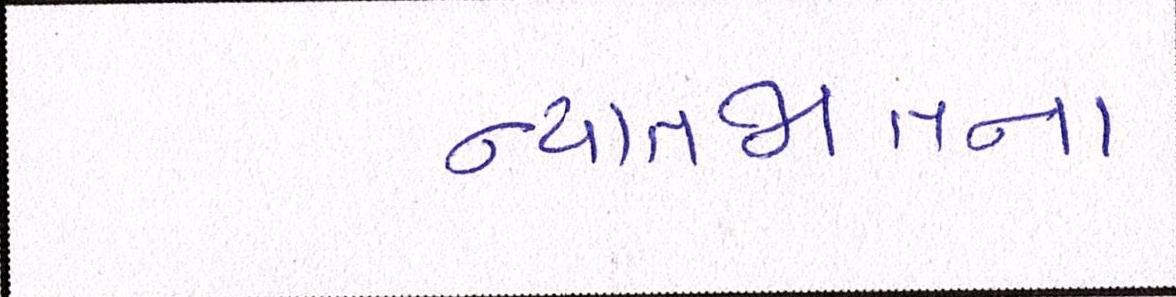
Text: ન્યાતજાતના